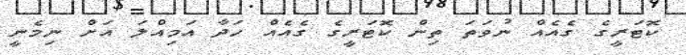
ކޮޓަރީގެ ގެއެއް ނުވަތަ ތިން ކޮޓަރީގެ ގެއެއް ހަދާ އަމިއްލަ އަށް ނިމެނީ